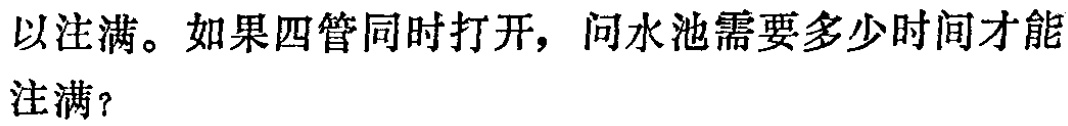
以注满。如果四管同时打开，问水池需要多少时间才能注满？